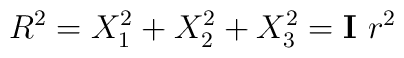
R^2=X_1^2 + X_2^2 + X_3^2 = \mathbf{I} ~ r^2